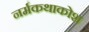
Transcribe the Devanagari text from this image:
नर्मकथाकोश